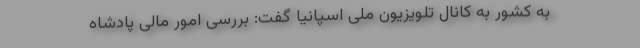
به کشور به کانال تلویزیون ملی اسپانیا گفت: بررسی امور مالی پادشاه